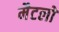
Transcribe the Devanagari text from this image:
मैटलों